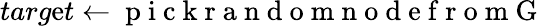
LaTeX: targ\mathrm{e}t\gets\mathrm{{~p~i~c~k~r~a~n~d~o~m~n~o~d~\mathrm{e}~f~r~o~m~G~}}